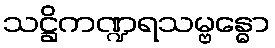
သဋ္ဌိကဏ္ဍရသမ္ဗန္ဓော